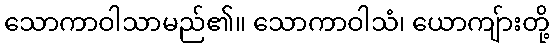
သောကာဝါသာမည်၏။ သောကာဝါသံ၊ ယောကျ်ားတို့